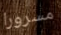
مسرورا